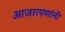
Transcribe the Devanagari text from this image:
आजारपणांनी